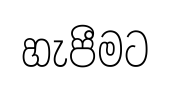
හැපීමට